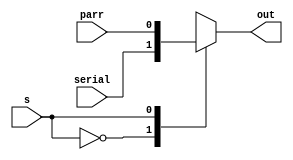
`timescale 1ns / 1ps
//////////////////////////////////////////////////////////////////////////////////
// Company: 
// Engineer: 
// 
// Design Name: 
// Module Name: mux2
// Project Name: 
// Target Devices: 
// Tool Versions: 
// Description: 
// 
// Dependencies: 
// 
// Revision:
// Revision 0.01 - File Created
// Additional Comments:
// 
//////////////////////////////////////////////////////////////////////////////////

module mux2(
 input s,
    input serial,
    input parr,
    output reg out
    );
    
always @(*)
begin
    case(s)
        1'd0: out <= serial;
        1'd1: out <= parr;
    endcase
end
    
endmodule